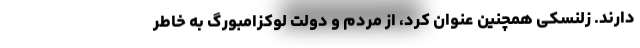
دارند. زلنسکی همچنین عنوان کرد، از مردم و دولت لوکزامبورگ به خاطر